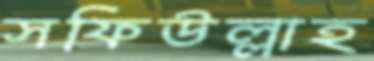
সফিউল্লাহ